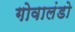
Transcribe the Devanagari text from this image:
गोवालंडो